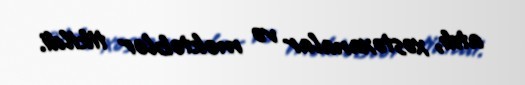
atdı, xəstəxanalar və məktəblər tikildi.